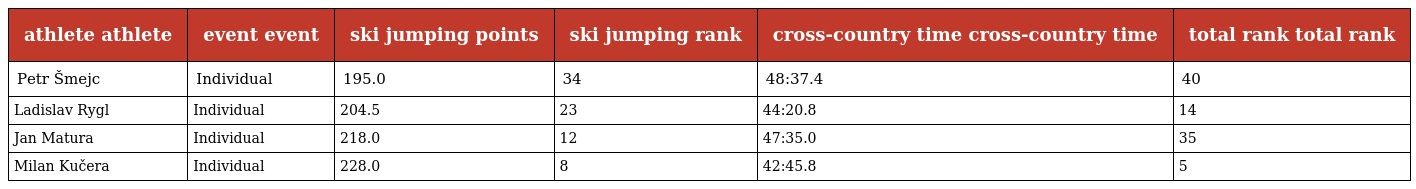
| athlete athlete | event event | ski jumping points | ski jumping rank | cross-country time cross-country time | total rank total rank |
 | --- | --- | --- | --- | --- | --- |
 | Petr Šmejc | Individual | 195.0 | 34 | 48:37.4 | 40 |
 | Ladislav Rygl | Individual | 204.5 | 23 | 44:20.8 | 14 |
 | Jan Matura | Individual | 218.0 | 12 | 47:35.0 | 35 |
 | Milan Kučera | Individual | 228.0 | 8 | 42:45.8 | 5 |